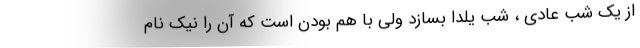
از یک شب عادى ، شب یلدا بسازد ولى با هم بودن است که آن را نیک نام